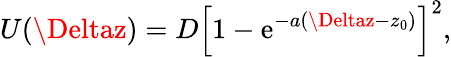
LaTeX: U(\Deltaz)=D\left[1-\mathrm{e}^{-a(\Deltaz-z_{0})}\right]^{2},